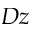
D z